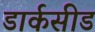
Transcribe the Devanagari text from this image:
डार्कसीड